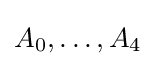
A_{0},\ldots ,A_{4}